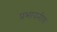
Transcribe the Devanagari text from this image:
प्रभावनीय